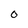
Character: O